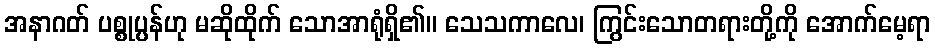
အနာဂတ် ပစ္စုပ္ပန်ဟု မဆိုထိုက် သောအာရုံရှိ၏။ သေသကာလေ၊ ကြွင်းသောတရားတို့ကို အောက်မေ့ရာ